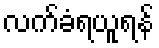
လက်ခံရယူရန်